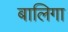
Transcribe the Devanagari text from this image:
बालिगा